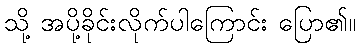
သို့ အပို့ခိုင်းလိုက်ပါကြောင်း ပြော၏။